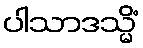
ပါသာဒသ္မိံ